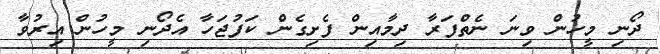
ދޯނި މީހުން ވިނަ ނެތްފަރާ ދިމާއިން ފެށިގެން ކަފުޖަހާ އެދޯނި މީހުން އިރުވާ